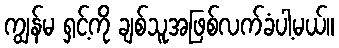
ကျွန်မ ရှင့်ကို ချစ်သူအဖြစ်လက်ခံပါ့မယ်။